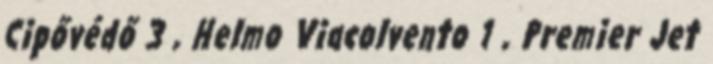
Cipővédő 3 , Helmo Viacolvento 1 , Premier Jet